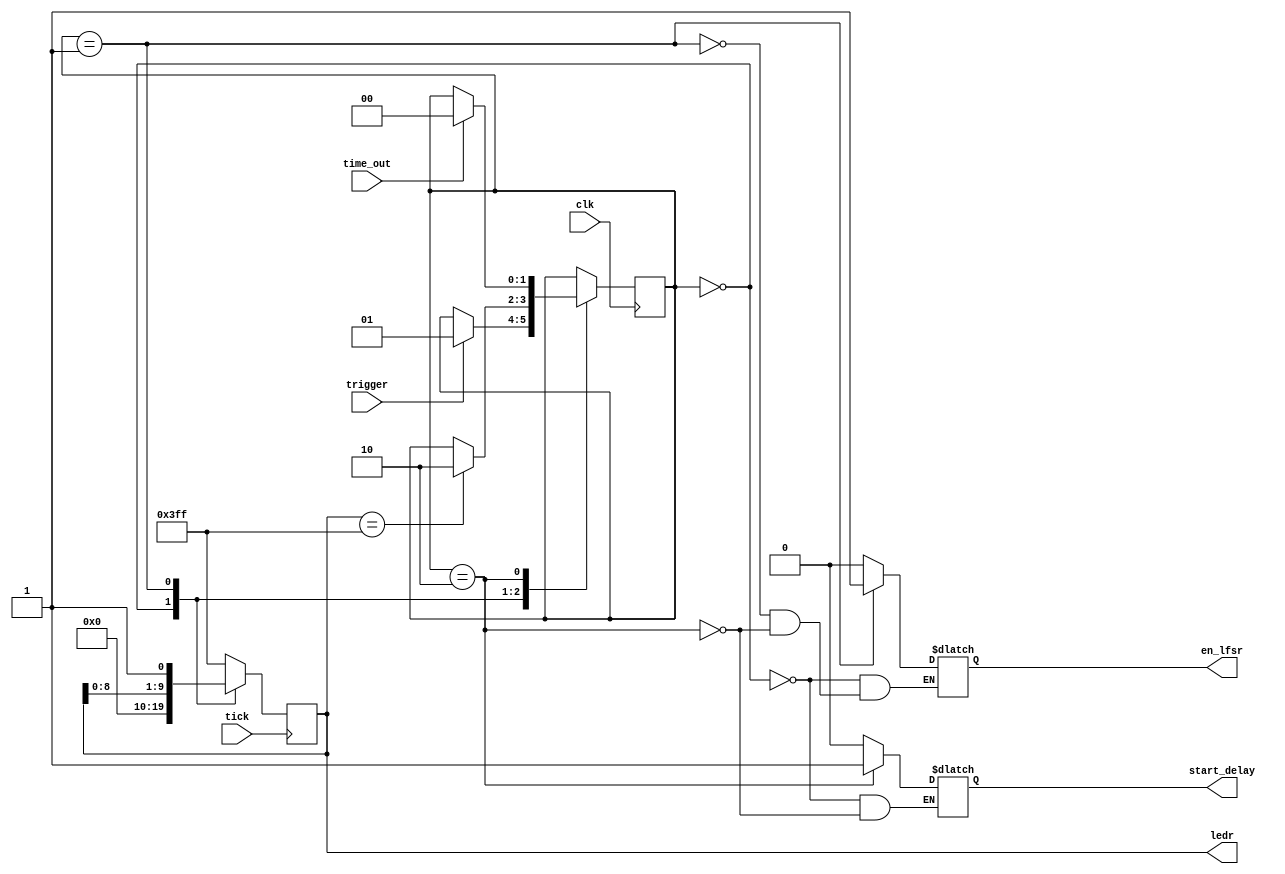
module formula_fsm(clk, tick, trigger, time_out, en_lfsr, start_delay, ledr);

input clk, tick, trigger, time_out;
output en_lfsr, start_delay;
output [9:0] ledr;

reg [1:0] state;
reg led_on, en_lfsr, start_delay;
reg [9:0] ledr;

parameter WAIT_TRIGGER = 2'd0, LIGHT_UP_LEDS = 2'd1, WAIT_FOR_TIMEOUT = 2'd2;

initial 
	begin
		state = WAIT_TRIGGER;
		en_lfsr = 1'b0;
		start_delay = 1'b0;
	end

always @ (posedge clk)
	case(state)
		WAIT_TRIGGER: 
			begin
				if(trigger == 1'b1)
					state <= LIGHT_UP_LEDS;
			end
		LIGHT_UP_LEDS:
				if(ledr == 10'h3ff)
					state <= WAIT_FOR_TIMEOUT;
		WAIT_FOR_TIMEOUT:
				if(time_out == 1'b1)
					 state <= WAIT_TRIGGER;
		default: ;
	endcase

always @ (posedge tick)
	case(state)
		WAIT_TRIGGER:
			ledr = 10'b0;
		LIGHT_UP_LEDS:
			ledr <= {ledr[8:0], 1'b1};
		default:
			ledr <= 10'h3ff;
	endcase
	
always @ (*)
	case(state)
		WAIT_TRIGGER:
			begin

				en_lfsr = 1'b0;
				start_delay = 1'b0;
			end
		LIGHT_UP_LEDS:
			begin
				en_lfsr = 1'b1;
			end
		WAIT_FOR_TIMEOUT:
			begin
				start_delay = 1'b1;
				en_lfsr = 1'b0;
			end
		default: ;
	endcase

endmodule